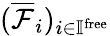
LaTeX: (\overline{{\mathcal{F}}}_{i})_{i\in\mathbb{I}^{\mathrm{free}}}